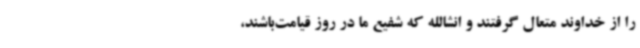
را از خداوند متعال گرفتند و انشالله که شفیع ما در روز قیامت‌باشند،